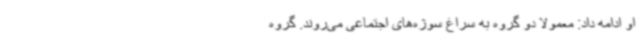
او ادامه داد: معمولا دو گروه به سراغ سوژه‌های اجتماعی می‌روند. گروه